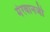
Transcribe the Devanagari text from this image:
मेरवानजी